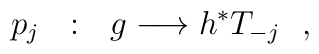
p_{j}\ \ :\ \ g\longrightarrow h^{*}T_{-j}\ \  ,